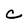
Character: C